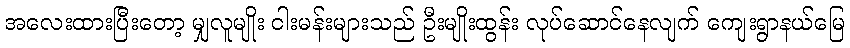
အလေးထားပြီးတော့ မျှလူမျိုး ငါးမန်းများသည် ဦးမျိုးထွန်း လုပ်ဆောင်နေလျက် ကျေးရွာနယ်မြေ